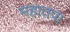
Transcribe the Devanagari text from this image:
महातपा